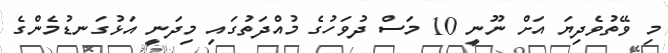
މި ވޭތުވެދިޔަ އަށް ނޫނީ 10 މަސް ދުވަހުގެ މުއްދަތުގައި މިދަނީ އަޅުގަނޑުމެންގެ